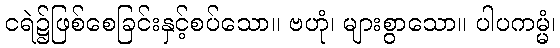
ငရဲ၌ဖြစ်စေခြင်းနှင့်စပ်သော။ ဗဟုံ၊ များစွာသော။ ပါပကမ္မံ၊